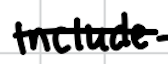
Text: include
Cross-out: mix
Writing tool: digital_black